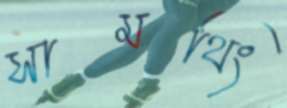
সামথিং